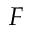
F